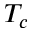
T _ { c }